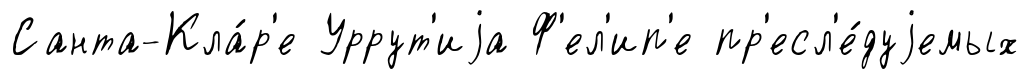
Санта-Кла́р'е Уррут'иjа Ф'ел'ип'е пр'есл'е́дуjемых